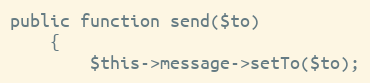
Language: PHP
public function send($to)
    {
        $this->message->setTo($to);